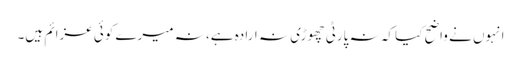
انہوں نے واضح کیا کہ نہ پارٹی چھوڑی نہ ارادہ ہے، نہ میرے کوئی عزائم ہیں۔